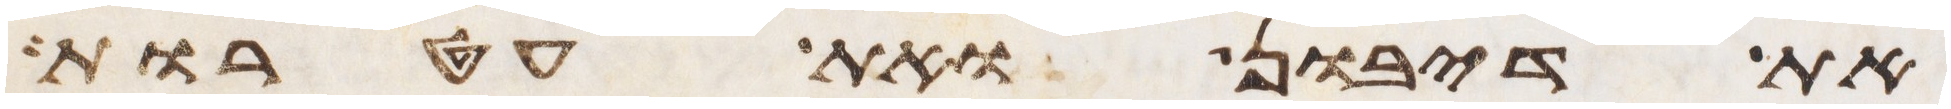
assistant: את דיבון ואת עטרות